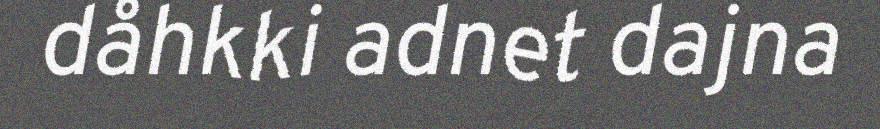
dåhkki adnet dajna